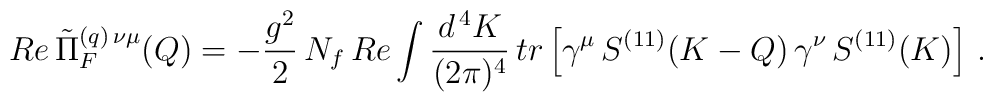
Re \, \tilde{\Pi}_F^{(q) \, \nu \mu} (Q) = - \frac{g^2}{2} \, N_f \, Re \int \frac{d^{\, 4} K}{(2 \pi)^4} \, tr \left[ \gamma^\mu \, S^{(1 1)} (K - Q) \, \gamma^\nu \, S^{(1 1)} (K) \right] \, .